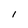
Character: l